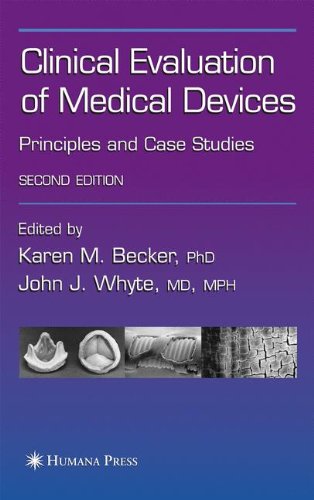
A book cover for Clinical Evaluation of Medical Devices: Principles and Case Studies; Medical Books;